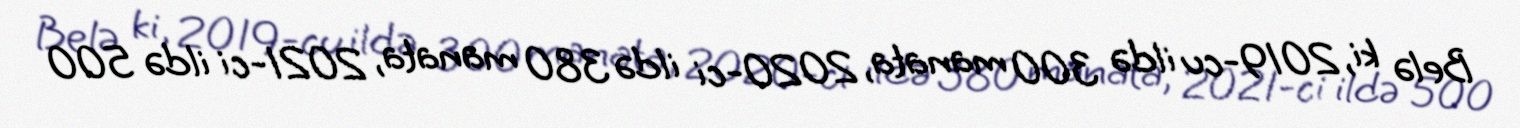
Belə ki, 2019-cu ildə 300 manata, 2020-ci ildə 380 manata, 2021-ci ildə 500